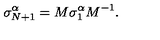
\sigma _ { N + 1 } ^ { \alpha } = M \sigma _ { 1 } ^ { \alpha } M ^ { - 1 } .